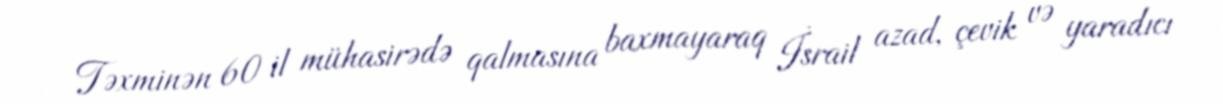
Təxminən 60 il mühasirədə qalmasına baxmayaraq İsrail azad, çevik və yaradıcı